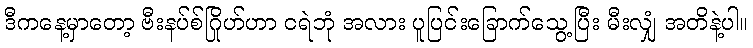
ဒီကနေ့မှာတော့ ဗီးနပ်စ်ဂြိုဟ်ဟာ ငရဲဘုံ အလား ပူပြင်းခြောက်သွေ့ပြီး မီးလျှံ အတိနဲ့ပါ။